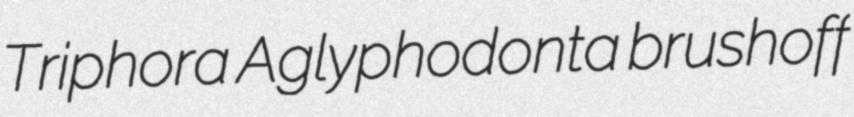
Triphora Aglyphodonta brushoff